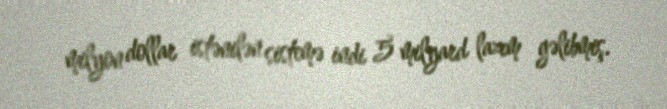
milyon dollar istənilən sistemə indi 5 milyard lazım gəlibmiş.